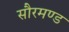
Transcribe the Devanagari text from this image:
सौरमण्ड